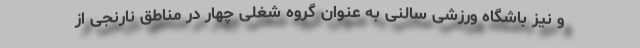
و نیز باشگاه ورزشی سالنی به عنوان گروه شغلی چهار در مناطق نارنجی از